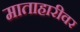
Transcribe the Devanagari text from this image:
माताहारीवर